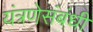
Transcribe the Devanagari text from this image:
यंत्रणेसंबंधी